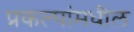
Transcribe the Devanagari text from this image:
प्रकल्पांमधील